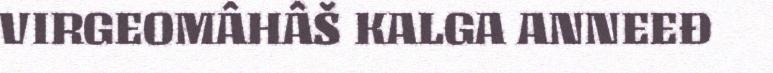
VIRGEOMÂHÂŠ KALGA ANNEEĐ